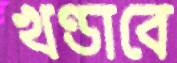
খণ্ডাবে